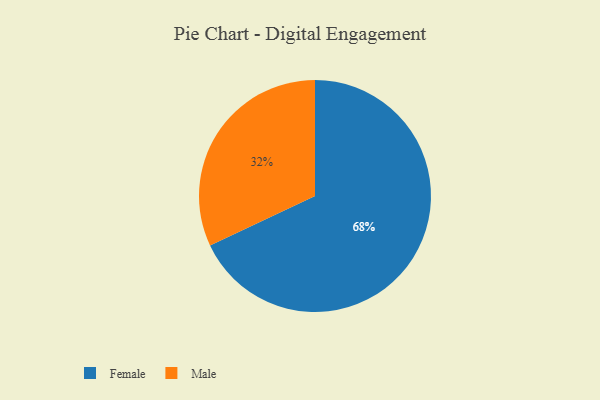
{"axis": {"x": "Category", "y": "Percentage"}, "legend": ["Female", "Male"], "data": [{"x": "Male", "y": 32, "type": "Male"}, {"x": "Female", "y": 68, "type": "Female"}]}